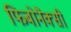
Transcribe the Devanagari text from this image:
फिबोनैक्सी